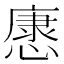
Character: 𢠓